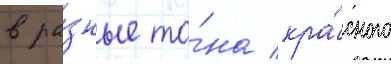
в ра́зные то́на кра́сного